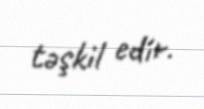
təşkil edir.